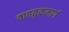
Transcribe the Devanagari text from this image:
वाहतूकमार्ग